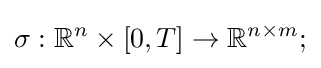
\sigma :\mathbb {R} ^{n}\times [0,T]\to \mathbb {R} ^{n\times m};